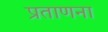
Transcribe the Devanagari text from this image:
प्रताणना